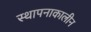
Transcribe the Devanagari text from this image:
स्थापनाकालीन